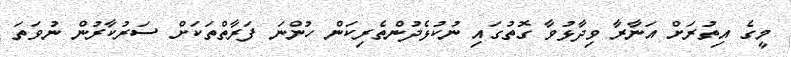
މީގެ އިތުރަށް އަނާރާ ވިދާޅުވާ ގޮތުގައި ނުކުޅެދުންތެރިކަން ހުންނަ ފަރާތްތަކަށް ސަރުކާރުން ނުވަތަ